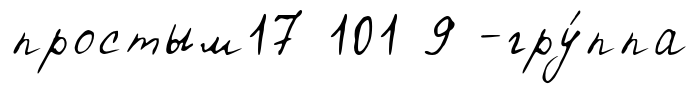
простым17 101 9 -гру́ппа